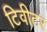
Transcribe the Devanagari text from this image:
टिवीटर